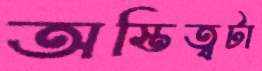
অস্তিত্বটা